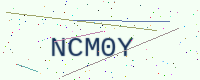
Text: NCM0Y